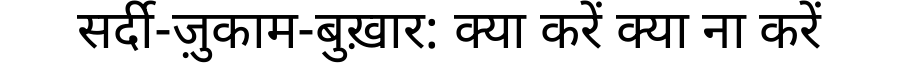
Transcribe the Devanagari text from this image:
सर्दी-ज़ुकाम-बुख़ार: क्या करें क्या ना करें